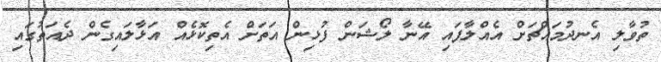
ތުވާލި އެނދުމައްޗަށް އެއްލާފައި އޭނާ ލޯޝަން ފުޅިން އަތަށް އެތިކޮޅެއް އަޅާލައިގެން ދެއަތުގައި